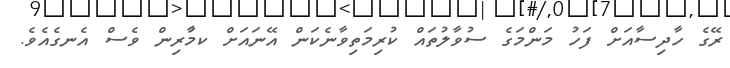
ރޭގެ ހާދިސާއަށް ފަހު މަންމަގެ ސުވާލުތައް ކުރިމަތިވާނެކަން އޭނައަށް ކމާުރިން ވެސް އެނގެއެވެ.